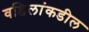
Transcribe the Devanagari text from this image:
वडिलांकडील